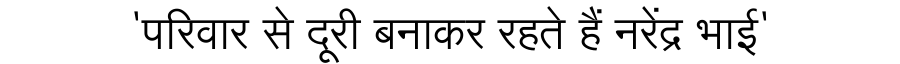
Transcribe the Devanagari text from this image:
'परिवार से दूरी बनाकर रहते हैं नरेंद्र भाई'